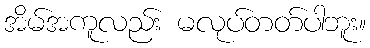
အိမ်အကူလည်း မလုပ်တတ်ပါဘူး။